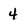
Character: 4